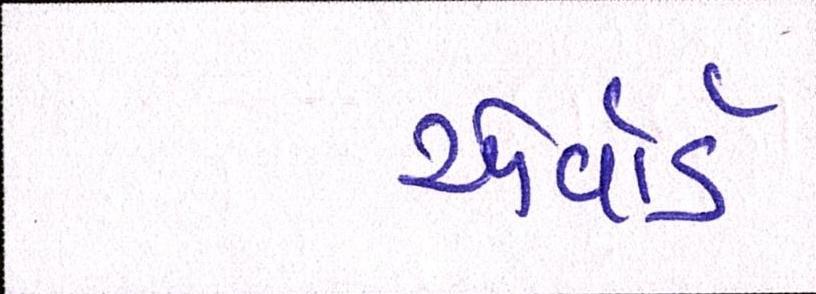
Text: એવૉર્ડ